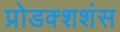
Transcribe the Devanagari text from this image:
प्रोडक्शशंस